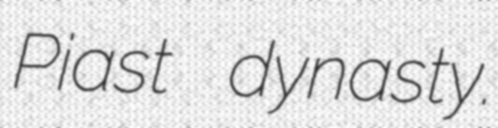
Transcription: Piast dynasty.